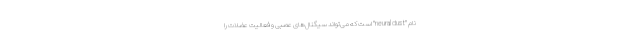
نام "neural dust" است که می‌تواند سیگنال‌های عصبی و فعالیت عضلات را